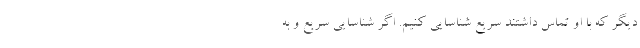
دیگر که با او تماس داشتند سریع شناسایی کنیم. اگر شناسایی سریع و به